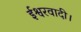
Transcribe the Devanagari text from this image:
ईश्वरवादी।